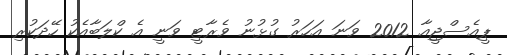
ޕީއެސްޖީއާ 2012 ވަނަ އަހަރު ގުޅުނު ވެރާޓީ ވަނީ އެ ކްލަބާއެކު ހޭދަކުރި